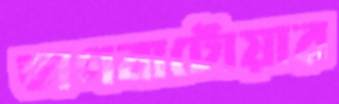
ভাগবাটোয়ার